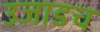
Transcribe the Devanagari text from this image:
उजाडच